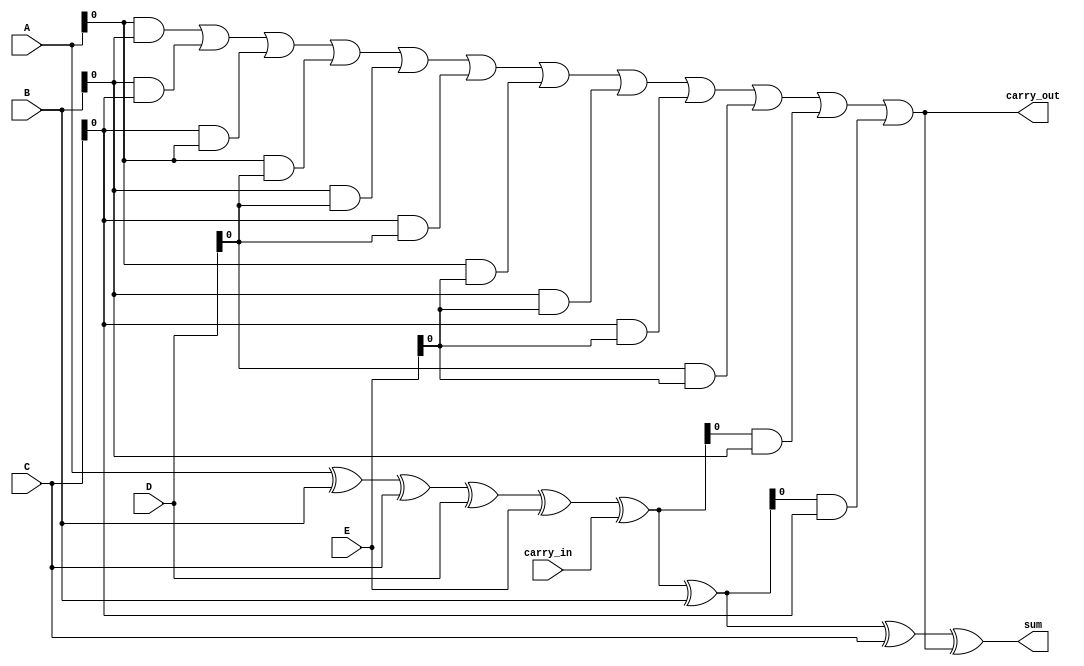
module ModifiedCarrySaveAdder #(parameter WIDTH = 4, parameter NUM_OPERANDS = 3) (
    input  wire [WIDTH-1:0] A,  // Operand A
    input  wire [WIDTH-1:0] B,  // Operand B
    input  wire [WIDTH-1:0] C,  // Operand C
    input  wire [WIDTH-1:0] D,  // Operand D (optional, can be extended)
    input  wire [WIDTH-1:0] E,  // Operand E (optional, can be extended)
    input  wire              carry_in,  // Optional carry-in
    output wire [WIDTH-1:0] sum,       // Final sum output
    output wire              carry_out    // Final carry-out
);

    // Internal wires for partial sums and carries
    wire [WIDTH-1:0] partial_sum [0:NUM_OPERANDS-1];
    wire [NUM_OPERANDS-1:0] carry;

    // Generate partial sums and carries
    generate
        genvar i, j;
        for (i = 0; i < NUM_OPERANDS; i = i + 1) begin : gen_partial
            if (i == 0) begin
                assign partial_sum[i] = A ^ B ^ C ^ D ^ E ^ carry_in; // Initial partial sum
                assign carry[i] = (A & B) | (B & C) | (C & A) | (A & D) | (B & D) | (C & D) | (A & E) | (B & E) | (C & E) | (D & E); // Initial carry
            end else begin
                assign partial_sum[i] = partial_sum[i-1] ^ (i == 1 ? B : (i == 2 ? C : (i == 3 ? D : E))); // Subsequent partial sums
                assign carry[i] = carry[i-1] | (partial_sum[i-1] & (i == 1 ? B : (i == 2 ? C : (i == 3 ? D : E)))); // Subsequent carries
            end
        end
    endgenerate

    // Final sum and carry-out generation
    assign sum = partial_sum[NUM_OPERANDS-1] ^ carry[NUM_OPERANDS-1];
    assign carry_out = carry[NUM_OPERANDS-1];

endmodule